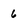
Character: 6